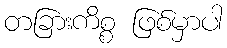
တခြားကိစ္စ ဖြစ်မှာပါ